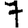
Digit: 7